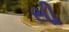
સીૢ